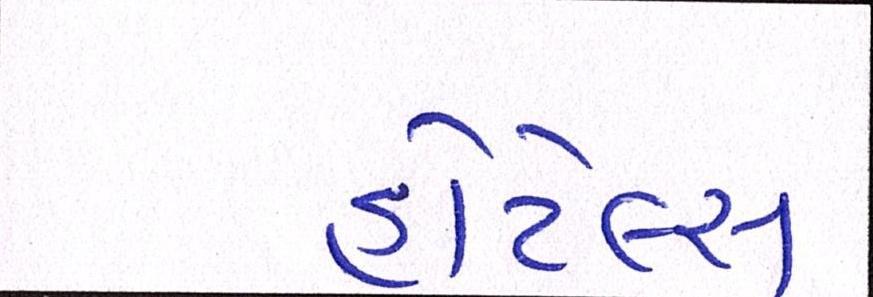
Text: હોટેલ્સ